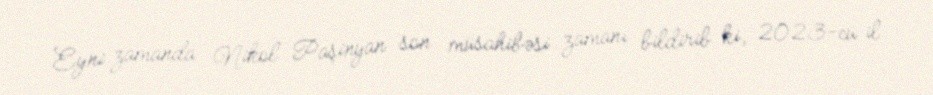
Eyni zamanda Nikol Paşinyan son müsahibəsi zamanı bildirib ki, 2023-cü il